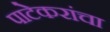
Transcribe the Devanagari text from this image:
पाटेकरांचा